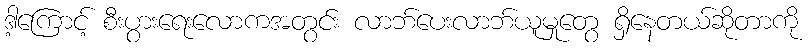
ဒါ့ကြောင့် စီးပွားရေးလောကအတွင်း လာဘ်ပေးလာဘ်ယူမှုတွေ ရှိနေတယ်ဆိုတာကို